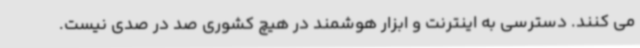
می کنند. دسترسی به اینترنت و ابزار هوشمند در هیچ کشوری صد در صدی نیست.